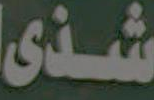
شذى